Scottish Leaving Certificate Examination, 1954
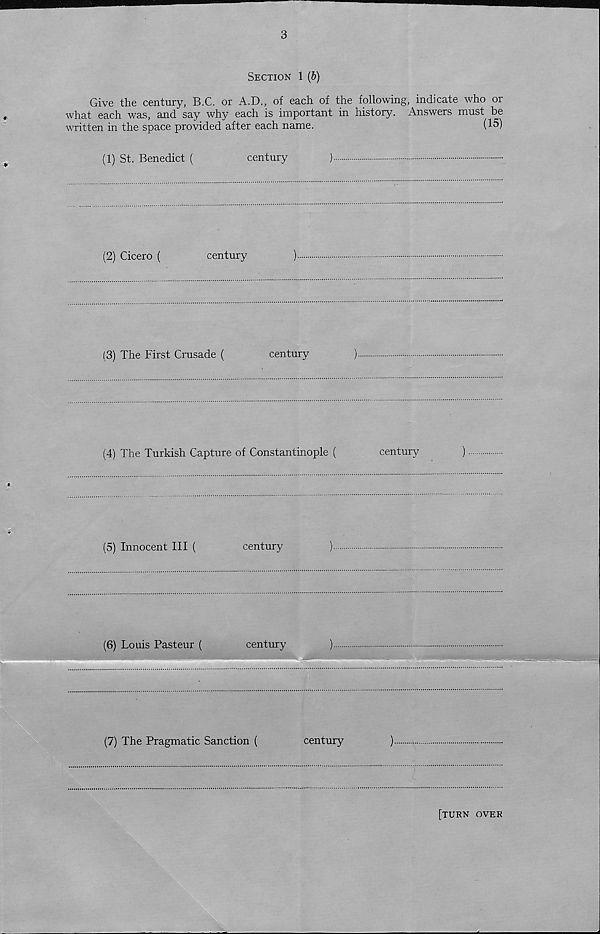
3
Section 1 (b)
Give the century, B.C. or A.D., of each of the following, indicate who or
what each was, and say why each is important in history. Answers must be
written in the space provided after each name.
(15)
(1) St. Benedict (
century
)
(2) Cicero (
century
)
(3) The First Crusade (
century
)
(4) The Turkish Capture of Constantinople (
century
)
(5) Innocent III (
century
)
(6) Louis Pasteur (
century
)
(7) The Pragmatic Sanction (
century
)
[turn over